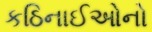
કઠિનાઈઓનો